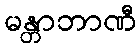
မန္တာဘာဏီ